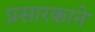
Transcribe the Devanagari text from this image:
प्रसारकाने